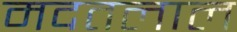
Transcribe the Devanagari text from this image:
मदतलाल